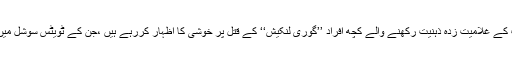
لیکن دوسرے طرف فسطائیت اور سامراجیت کے غلامیت زدہ ذہنیت رکھنے والے کچھ افراد ’’گوری لنکیش‘‘ کے قتل پر خوشی کا اظہار کررہے ہیں ،جن کے ٹویٹس سوشل میں میڈیا پر بہت تیزی سے وائرل ہورہے ہیں ۔